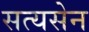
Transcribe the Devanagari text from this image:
सत्यसेन